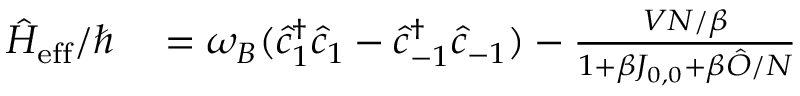
\begin{array} { r l } { \hat { H } _ { \mathrm { e f f } } / \hbar } & { { } = \omega _ { B } ( \hat { c } _ { 1 } ^ { \dagger } \hat { c } _ { 1 } - \hat { c } _ { - 1 } ^ { \dagger } \hat { c } _ { - 1 } ) - \frac { V N / \beta } { 1 + \beta J _ { 0 , 0 } + \beta \hat { O } / N } } \end{array}